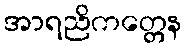
အာရညိကတ္တေန